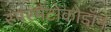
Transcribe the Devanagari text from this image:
स्परमैटोकोडॉन